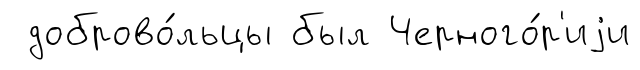
доброво́льцы был Черного́р'иjи